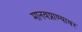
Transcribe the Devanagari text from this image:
मानवप्राण्यावर